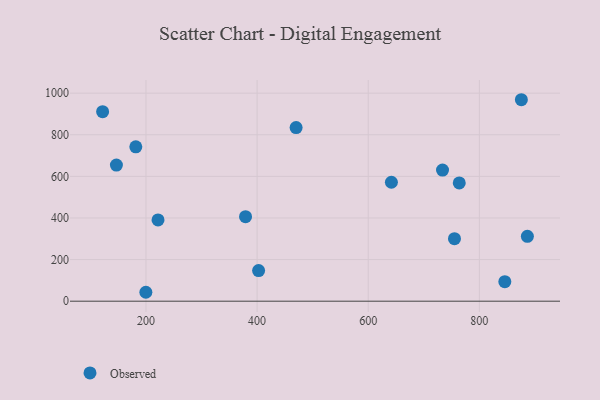
{"axis": {"x": "Study Hours", "y": "Yield"}, "legend": ["Observed"], "data": [{"x": "755.2", "y": 300.6, "type": "Observed"}, {"x": "845.8", "y": 94.0, "type": "Observed"}, {"x": "402.7", "y": 147.3, "type": "Observed"}, {"x": "199.8", "y": 42.9, "type": "Observed"}, {"x": "733.7", "y": 630.1, "type": "Observed"}, {"x": "886.4", "y": 311.8, "type": "Observed"}, {"x": "146.8", "y": 654.3, "type": "Observed"}, {"x": "470.2", "y": 834.5, "type": "Observed"}, {"x": "221.7", "y": 390.4, "type": "Observed"}, {"x": "379.2", "y": 406.2, "type": "Observed"}, {"x": "875.6", "y": 968.3, "type": "Observed"}, {"x": "181.7", "y": 741.7, "type": "Observed"}, {"x": "763.8", "y": 568.6, "type": "Observed"}, {"x": "641.7", "y": 571.7, "type": "Observed"}, {"x": "122.0", "y": 910.7, "type": "Observed"}]}